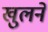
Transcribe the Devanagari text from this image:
खुलनें